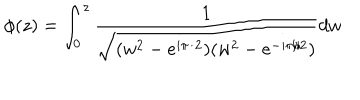
LaTeX: \phi ( z ) = \int _ { 0 } ^ { z } \frac 1 { \sqrt { ( w ^ { 2 } - e ^ { i \pi / 2 } ) ( w ^ { 2 } - e ^ { - i \pi / 2 } ) } } d w